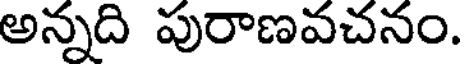
అన్నది పురాణవచనం.